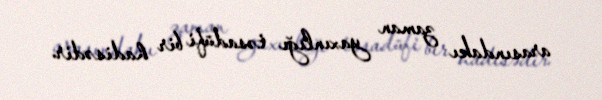
arasındakı zaman yaxınlığı təsadüfi bir hadisədir.